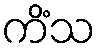
ကိံသ